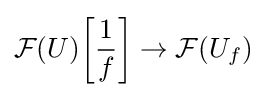
{\mathcal {F}}(U){\bigg [}{\frac {1}{f}}{\bigg ]}\to {\mathcal {F}}(U_{f})